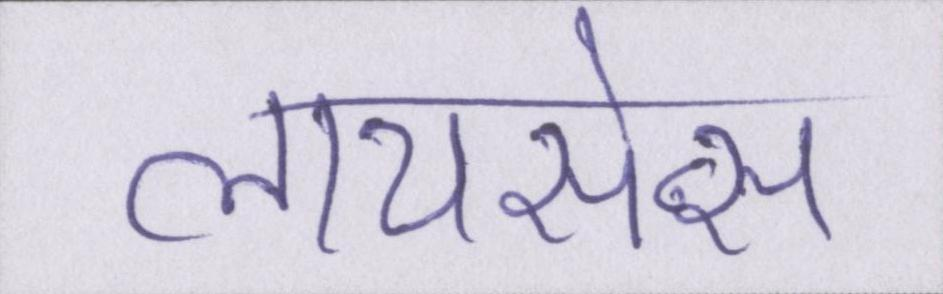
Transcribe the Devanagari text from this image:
लायसेन्स